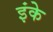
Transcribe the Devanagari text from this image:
इंके